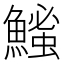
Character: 𫙵